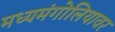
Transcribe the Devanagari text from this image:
मध्यमंगोलियावर